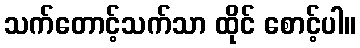
သက်တောင့်သက်သာ ထိုင် စောင့်ပါ။